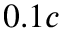
0 . 1 c